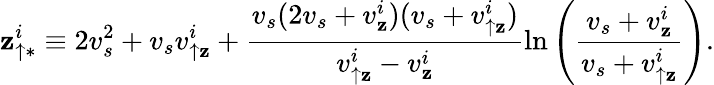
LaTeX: \mathbf{z}_{\uparrow\ast}^{i}\equiv2v_{s}^{2}+v_{s}v_{\uparrow\mathbf{z}}^{i}+\frac{{v_{s}(2v_{s}+v_{\mathbf{z}}^{i})(v_{s}+v_{\uparrow\mathbf{z}}^{i})}}{{v_{\uparrow\mathbf{z}}^{i}-v_{\mathbf{z}}^{i}}}\ln\left(\frac{{v_{s}+v_{\mathbf{z}}^{i}}}{{v_{s}+v_{\uparrow\mathbf{z}}^{i}}}\right).